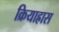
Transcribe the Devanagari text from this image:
क्रियाह्रास